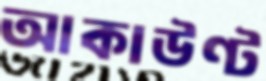
আকাউণ্ট